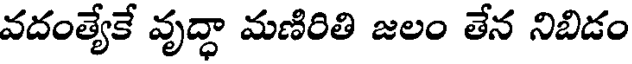
వదంత్యేకే వృద్ధా మణిరితి జలం తేన నిబిడం